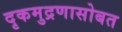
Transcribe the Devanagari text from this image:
दृकमुद्रणासोबत